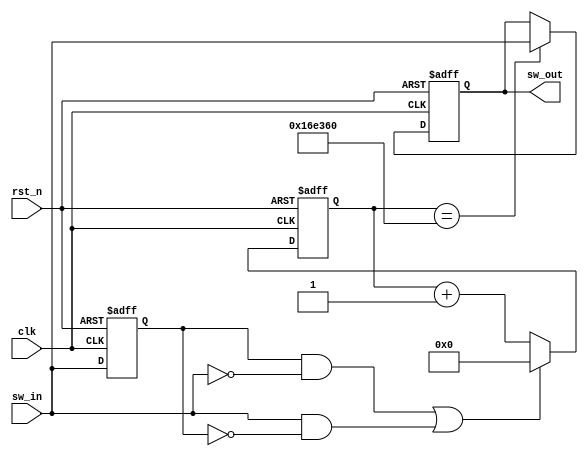
module keyscan(
    input clk,
    input rst_n,
    input sw_in,
    output reg sw_out
    );
	
	//01
	reg sw_in_r0;
	
	always @ (posedge clk or posedge rst_n) begin
		if(rst_n) begin
			sw_in_r0 <= 0;
		end
		else begin
			sw_in_r0 <= sw_in;
		end
	end
	
	wire edge_l, edge_h;
	assign edge_l = sw_in_r0 & (~sw_in); //
	assign edge_h = sw_in & (~sw_in_r0);//
	
	wire edge_en; //edge_en
	assign edge_en = edge_l | edge_h;
	
	reg [32:0] count;
	always @ (posedge clk or posedge rst_n) begin
		if(rst_n) begin
			count <= 0;
		end
		else if(edge_en) begin
			count <= 0;
		end
		else begin
			count <= count + 1;
		end
	
	end
	
	always @ (posedge clk or posedge rst_n) begin
		if(rst_n) begin
			sw_out <= 1'b0;
		end
		else if(count == 32'h16e360) begin
			sw_out <= sw_in;
		end
		else begin
			;
		end
	end
	
	
endmodule